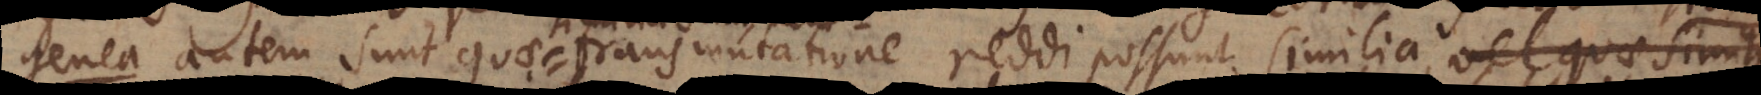
e a autem sunt quae transmutatione reddi possunt similia, vel quae similia